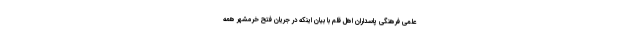
علمی فرهنگی پاسداران اهل قلم با بیان اینکه در جریان فتح خرمشهر همه